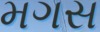
મગસ